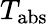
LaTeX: T_{\mathrm{abs}}